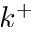
k ^ { + }